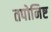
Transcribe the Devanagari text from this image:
तपोनिष्ट